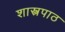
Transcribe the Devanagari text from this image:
शास्त्रपाठ